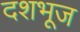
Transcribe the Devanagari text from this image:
दशभूज